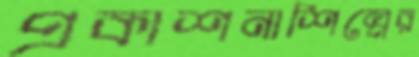
প্রকাশনাশিল্পের